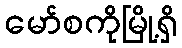
မော်စကိုမြို့ရှိ